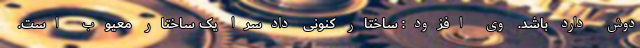
دوش دارد باشد. وی افزود: ساختار کنونی دادسرا یک ساختار معیوب است.